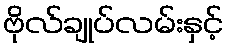
ဗိုလ်ချုပ်လမ်းနှင့်